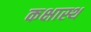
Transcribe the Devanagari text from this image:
कक्षास्थ